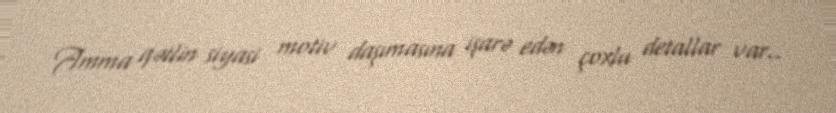
Amma qətlin siyasi motiv daşımasına işarə edən çoxlu detallar var..